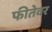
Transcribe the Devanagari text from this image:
फीतेवर